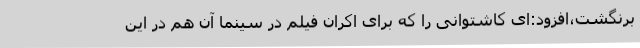
برنگشت،افزود:ای کاشتوانی را که برای اکران فیلم در سینما آن هم در این